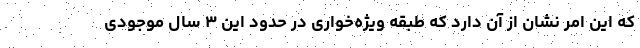
که این امر نشان از آن دارد که طبقه ویژه‌خواری در حدود این ۳ سال موجودی